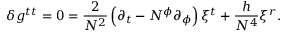
\delta g ^ { t t } = 0 = { \frac { 2 } { N ^ { 2 } } } \left( \partial _ { t } - N ^ { \phi } \partial _ { \phi } \right) \xi ^ { t } + { \frac { h } { N ^ { 4 } } } \xi ^ { r } .